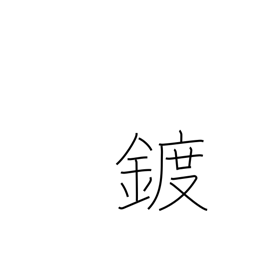
Meaning: plating